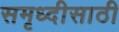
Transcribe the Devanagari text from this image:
समृध्दीसाठी